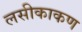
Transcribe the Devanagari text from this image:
लसीकाकण